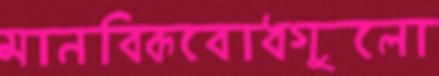
মানবিকবোধগুলো